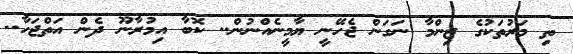
ތި މަރުތަކުގެ ޒިންމާ ނަގަން ޖެހޭނީ ޔާމީނެއްނުން.. ކޮބާ އިމުރާނޫ ދެން އަތްޖަހާ..